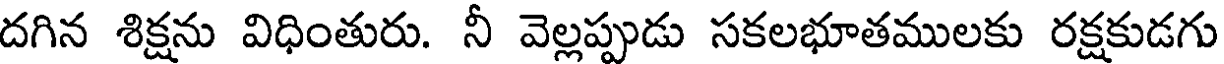
దగిన శిక్షను విధింతురు. నీ వెల్లప్పుడు సకలభూతములకు రక్షకుడగు